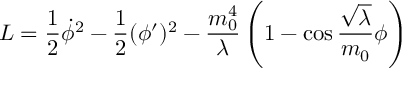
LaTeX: { \cal L } = \frac { 1 } { 2 } \dot { \phi } ^ { 2 } - \frac { 1 } { 2 } ( \phi ^ { \prime } ) ^ { 2 } - \frac { m _ { 0 } ^ { 4 } } { \lambda } \left( 1 - \cos \frac { \sqrt { \lambda } } { m _ { 0 } } \phi \right)